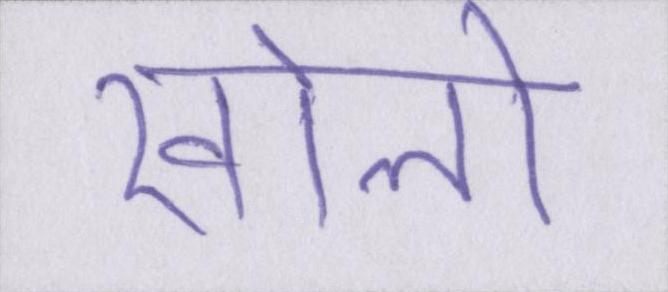
खोलो